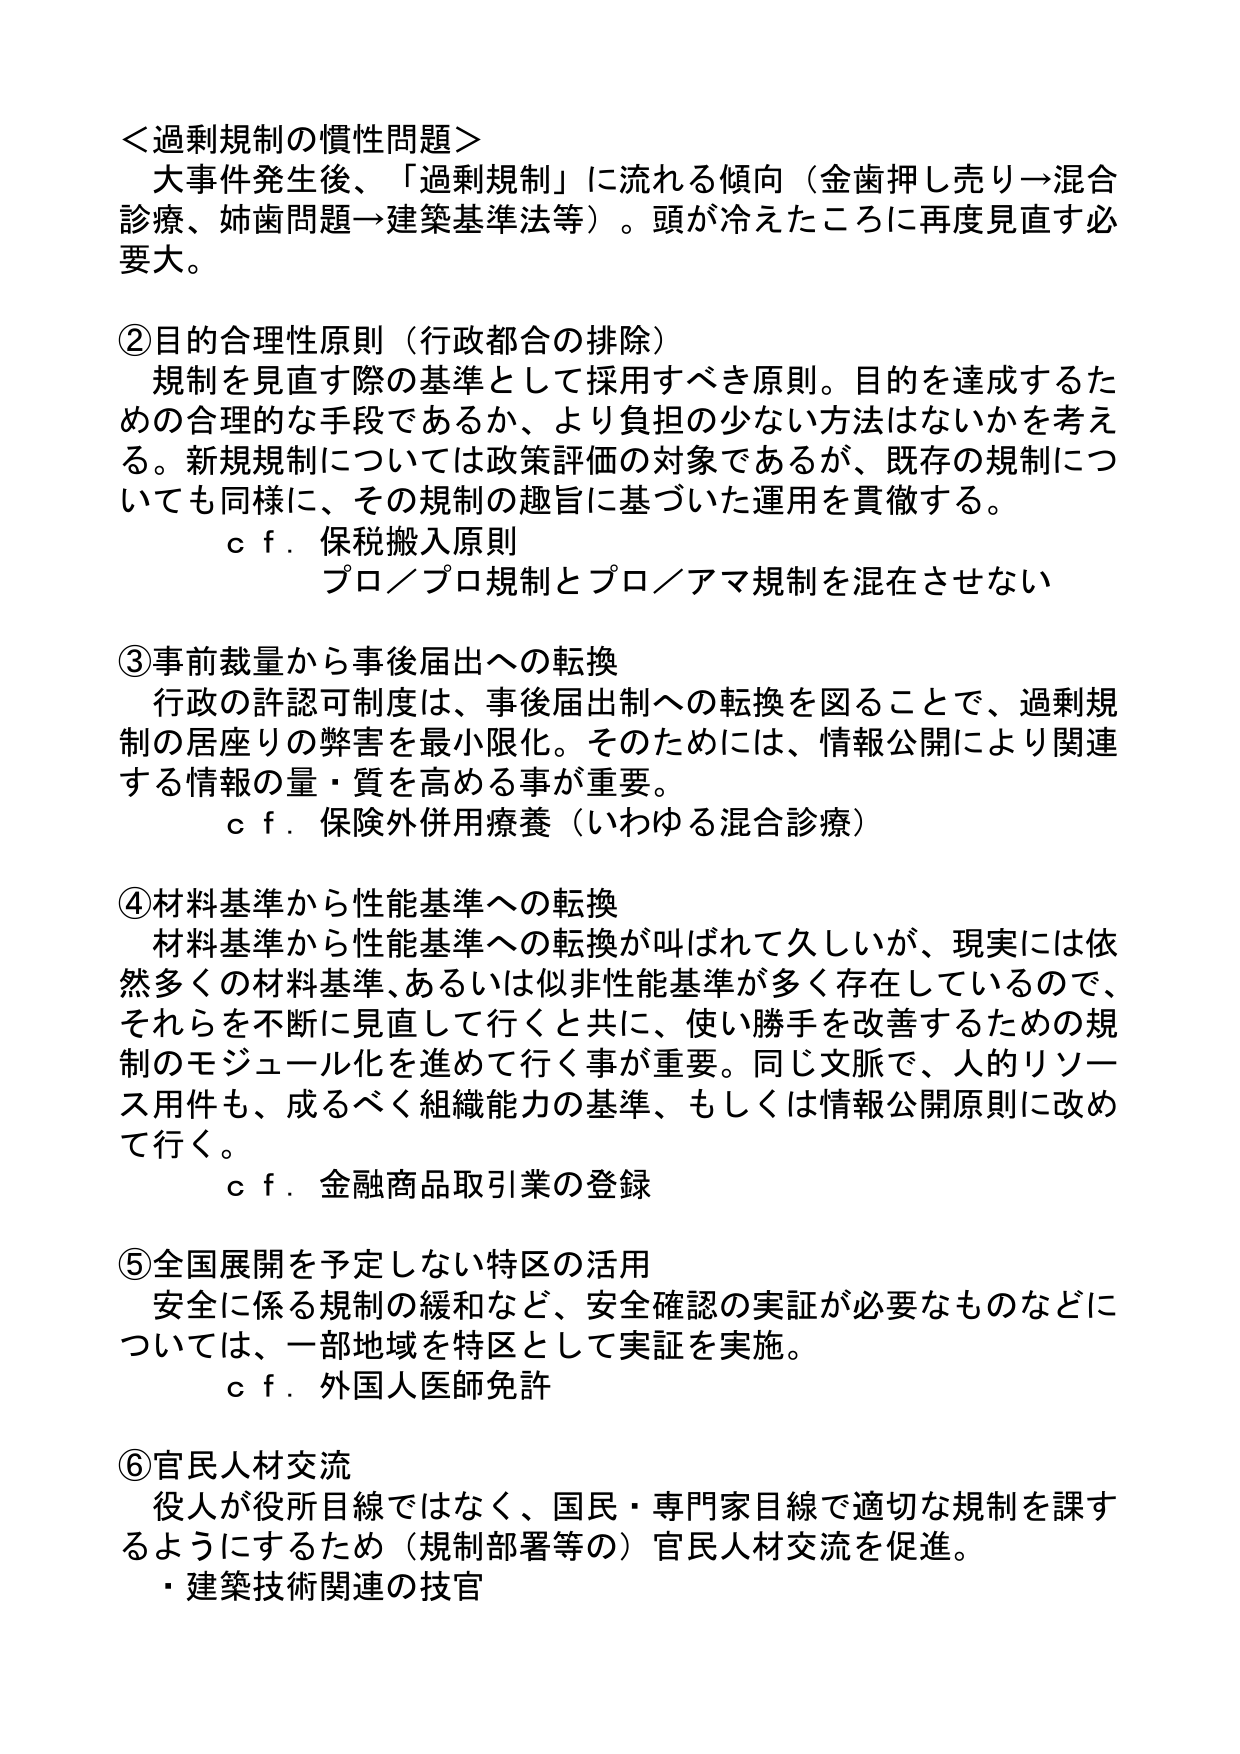
＜過剰規制の慣性問題＞
大事件発生後、「過剰規制」に流れる傾向（金歯押し売り→混合診療、姉歯問題→建築基準法等）。頭が冷えたころに再度見直す必要大。

②目的合理性原則（行政都合の排除）
　規制を見直す際の基準として採用すべき原則。目的を達成するための合理的な手段であるか、より負担の少ない方法はないかを考える。新規規制については政策評価の対象であるが、既存の規制についても同様に、その規制の趣旨に基づいた運用を貫徹する。
　ｃｆ．保税搬入原則
　　　プロ／プロ規制とプロ／アマ規制を混在させない

③事前裁量から事後届出への転換
　行政の許認可制度は、事後届出制への転換を図ることで、過剰規制の居座りの弊害を最小限化。そのためには、情報公開により関連する情報の量・質を高める事が重要。
　ｃｆ．保険外併用療養（いわゆる混合診療）

④材料基準から性能基準への転換
　材料基準から性能基準への転換が叫ばれて久しいが、現実には依然多くの材料基準、あるいは似非性能基準が多く存在しているので、それらを不断に見直して行くと共に、使い勝手を改善するための規制のモジュール化を進めて行く事が重要。同じ文脈で、人的リソース用件も、成るべく組織能力の基準、もしくは情報公開原則に改めて行く。
　ｃｆ．金融商品取引業の登録

⑤全国展開を予定しない特区の活用
　安全に係る規制の緩和など、安全確認の実証が必要なものなどについては、一部地域を特区として実証を実施。
　ｃｆ．外国人医師免許

⑥官民人材交流
　役人が役所目線ではなく、国民・専門家目線で適切な規制を課すようにするため（規制部署等の）官民人材交流を促進。
　・建築技術関連の技官